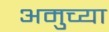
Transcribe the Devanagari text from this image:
अमुच्या